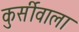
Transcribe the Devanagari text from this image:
कुर्सीवाला